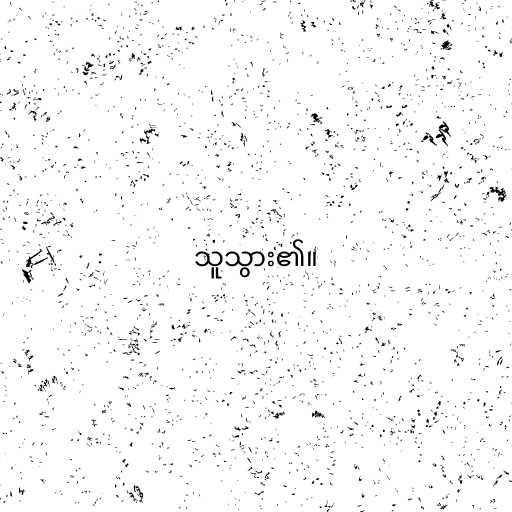
သူသွား၏။